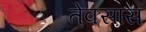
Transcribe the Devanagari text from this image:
तेक्सास